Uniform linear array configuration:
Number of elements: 32
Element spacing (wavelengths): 0.75
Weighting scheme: kaiser
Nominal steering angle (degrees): -60
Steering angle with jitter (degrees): -60.123
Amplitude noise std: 0.05
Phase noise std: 0.05

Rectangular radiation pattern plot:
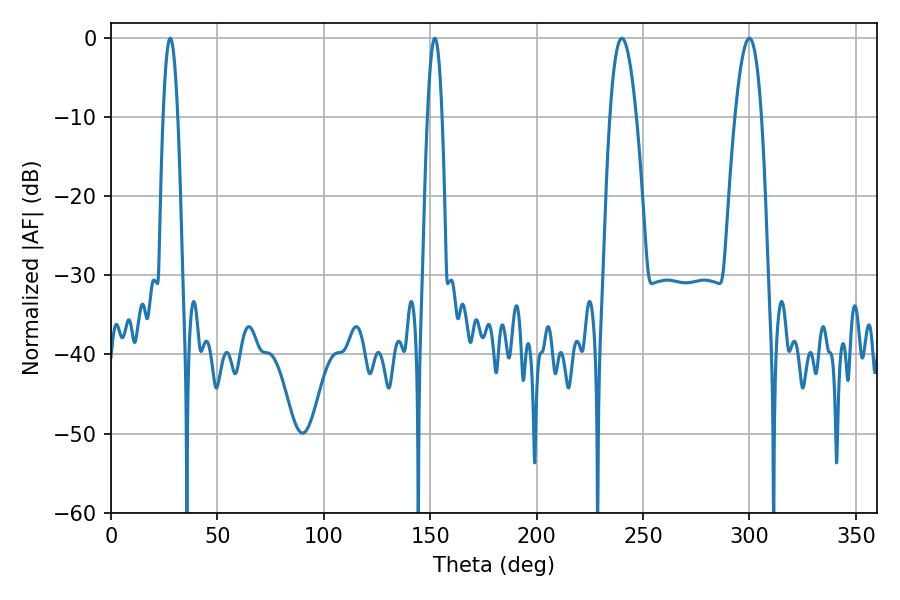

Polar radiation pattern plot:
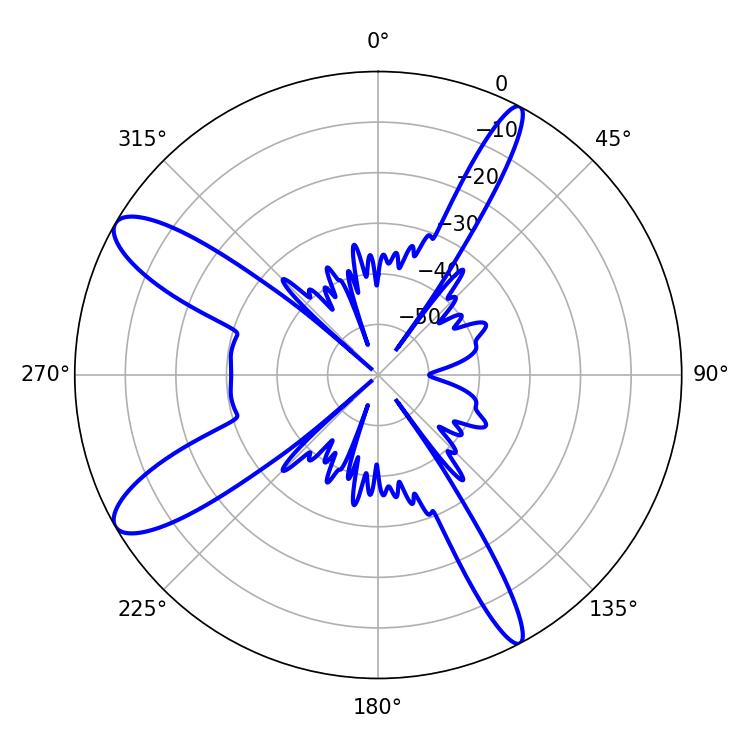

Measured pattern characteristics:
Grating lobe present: TRUE
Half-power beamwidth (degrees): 6.84
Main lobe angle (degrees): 240.12